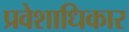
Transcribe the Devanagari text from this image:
प्रवेशाधिकार